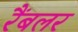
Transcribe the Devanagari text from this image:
रैंबलर